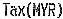
TAX(MYR)